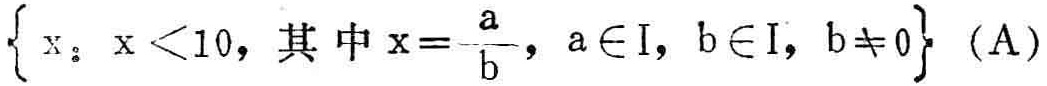
\(\{ x：x < 10，其中x = \frac{a}{b}，a \in I，b \in I，b \neq 0\} \ (A)\)